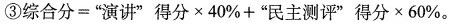
③综合分=”演讲”得分×40%+”民主测评”得分×60%。